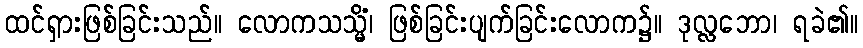
ထင်ရှားဖြစ်ခြင်းသည်။ လောကသသ္မိံ၊ ဖြစ်ခြင်းပျက်ခြင်းလောက၌။ ဒုလ္လဘော၊ ရခဲ၏။